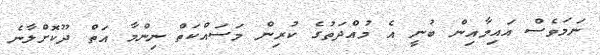
ނަމަވެސް އައިމާއިން ބުނީ އެ މުއްދަތުގެ ކުރިން މަސައްކަތް ނިންމާ އަތް ދޫކޮށްލާނެ